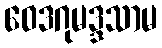
ဝေဒဂုမဒ္ဒသာမ